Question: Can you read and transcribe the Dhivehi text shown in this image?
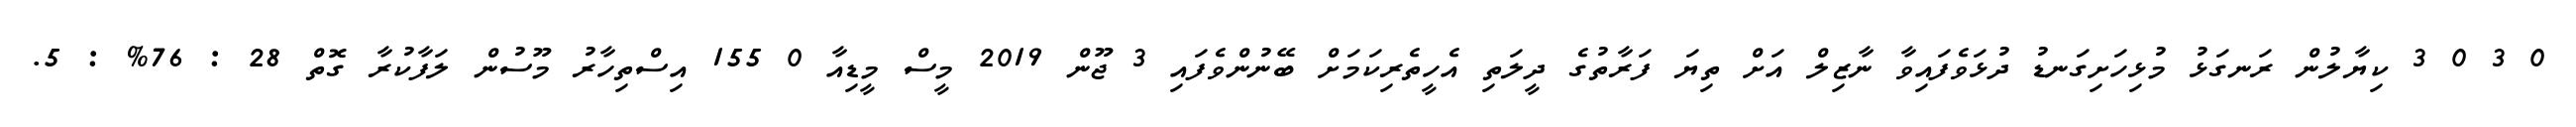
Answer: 0 3 0 3 ކިޔާލުން ރަނގަޅު މުޅިހަށިގަނޑު ދުޅަވެފައިވާ ނާޒިލް އަށް ތިޔަ ފަރާތުގެ ދީލަތި އެހީތެރިކަމަށް ބޭނުންވެފައި 3 ޖޫން 2019 މީސް މީޑިއާ 0 155 އިސްތިހާރު މޫސުން ލަފާކުރާ ގޮތް 28 : 76% : 5.